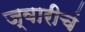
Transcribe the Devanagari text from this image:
ज्वारीचं